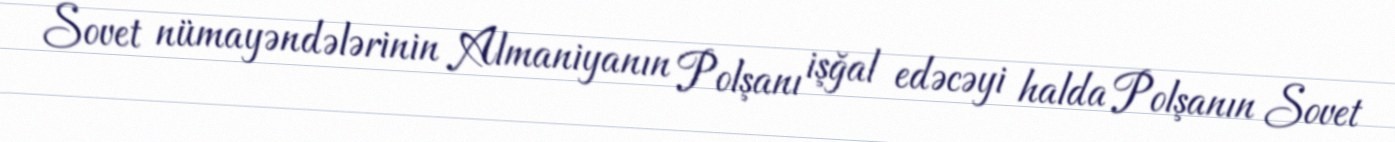
Sovet nümayəndələrinin Almaniyanın Polşanı işğal edəcəyi halda Polşanın Sovet